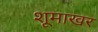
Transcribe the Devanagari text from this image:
शूमाखर